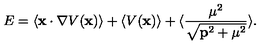
E = \langle { \bf x } \cdot \nabla V ( { \bf x } ) \rangle + \langle V ( { \bf x } ) \rangle + \langle { \frac { { \mu } ^ { 2 } } { \sqrt { { \bf p } ^ { 2 } + { \mu } ^ { 2 } } } } \rangle .